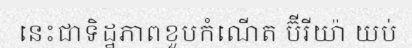
នេះជាទិដ្ឋភាពខួបកំណើត ប៊ីរីយ៉ា យប់